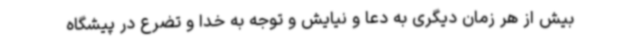
بیش از هر زمان دیگری به دعا و نیایش و توجه به خدا و تضرع در پیشگاه